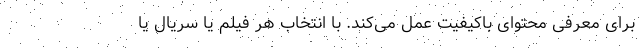
برای معرفی محتوای باکیفیت عمل می‌کند. با انتخاب هر فیلم یا سریال یا